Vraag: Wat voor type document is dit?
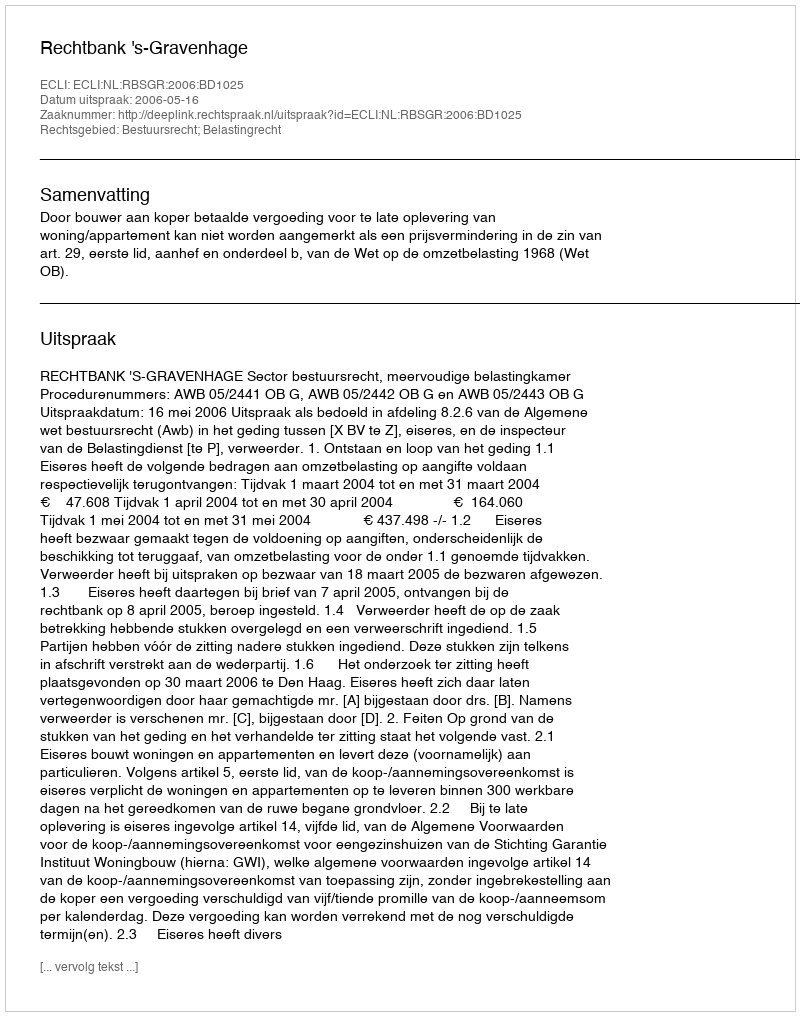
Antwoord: Uitspraak